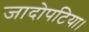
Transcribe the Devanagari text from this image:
जादोपटिया।